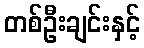
တစ်ဦးချင်းနှင့်